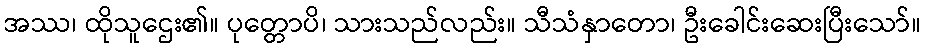
အဿ၊ ထိုသူဌေး၏။ ပုတ္တောပိ၊ သားသည်လည်း။ သီသံနှာတော၊ ဦးခေါင်းဆေးပြီးသော်။